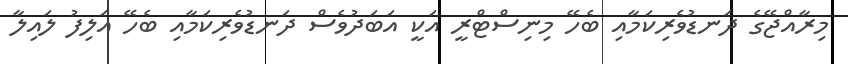
މިރާއްޖޭގެ ދަނޑުވެރިކަމާއި ބެހޭ މިނިސްޓްރީ އަކީ އަބަދުވެސް ދަނޑުވެރިކަމާއި ބެހޭ އަލިފު ލައިލާ